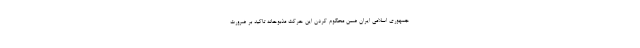
جمهوری اسلامی ایران ضمن محکوم کردن این حرکت مذبوحانه تاکید بر ضرورت